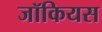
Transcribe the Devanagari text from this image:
जॉकियस